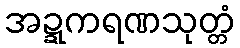
အဍ္ဍကရဏသုတ္တံ